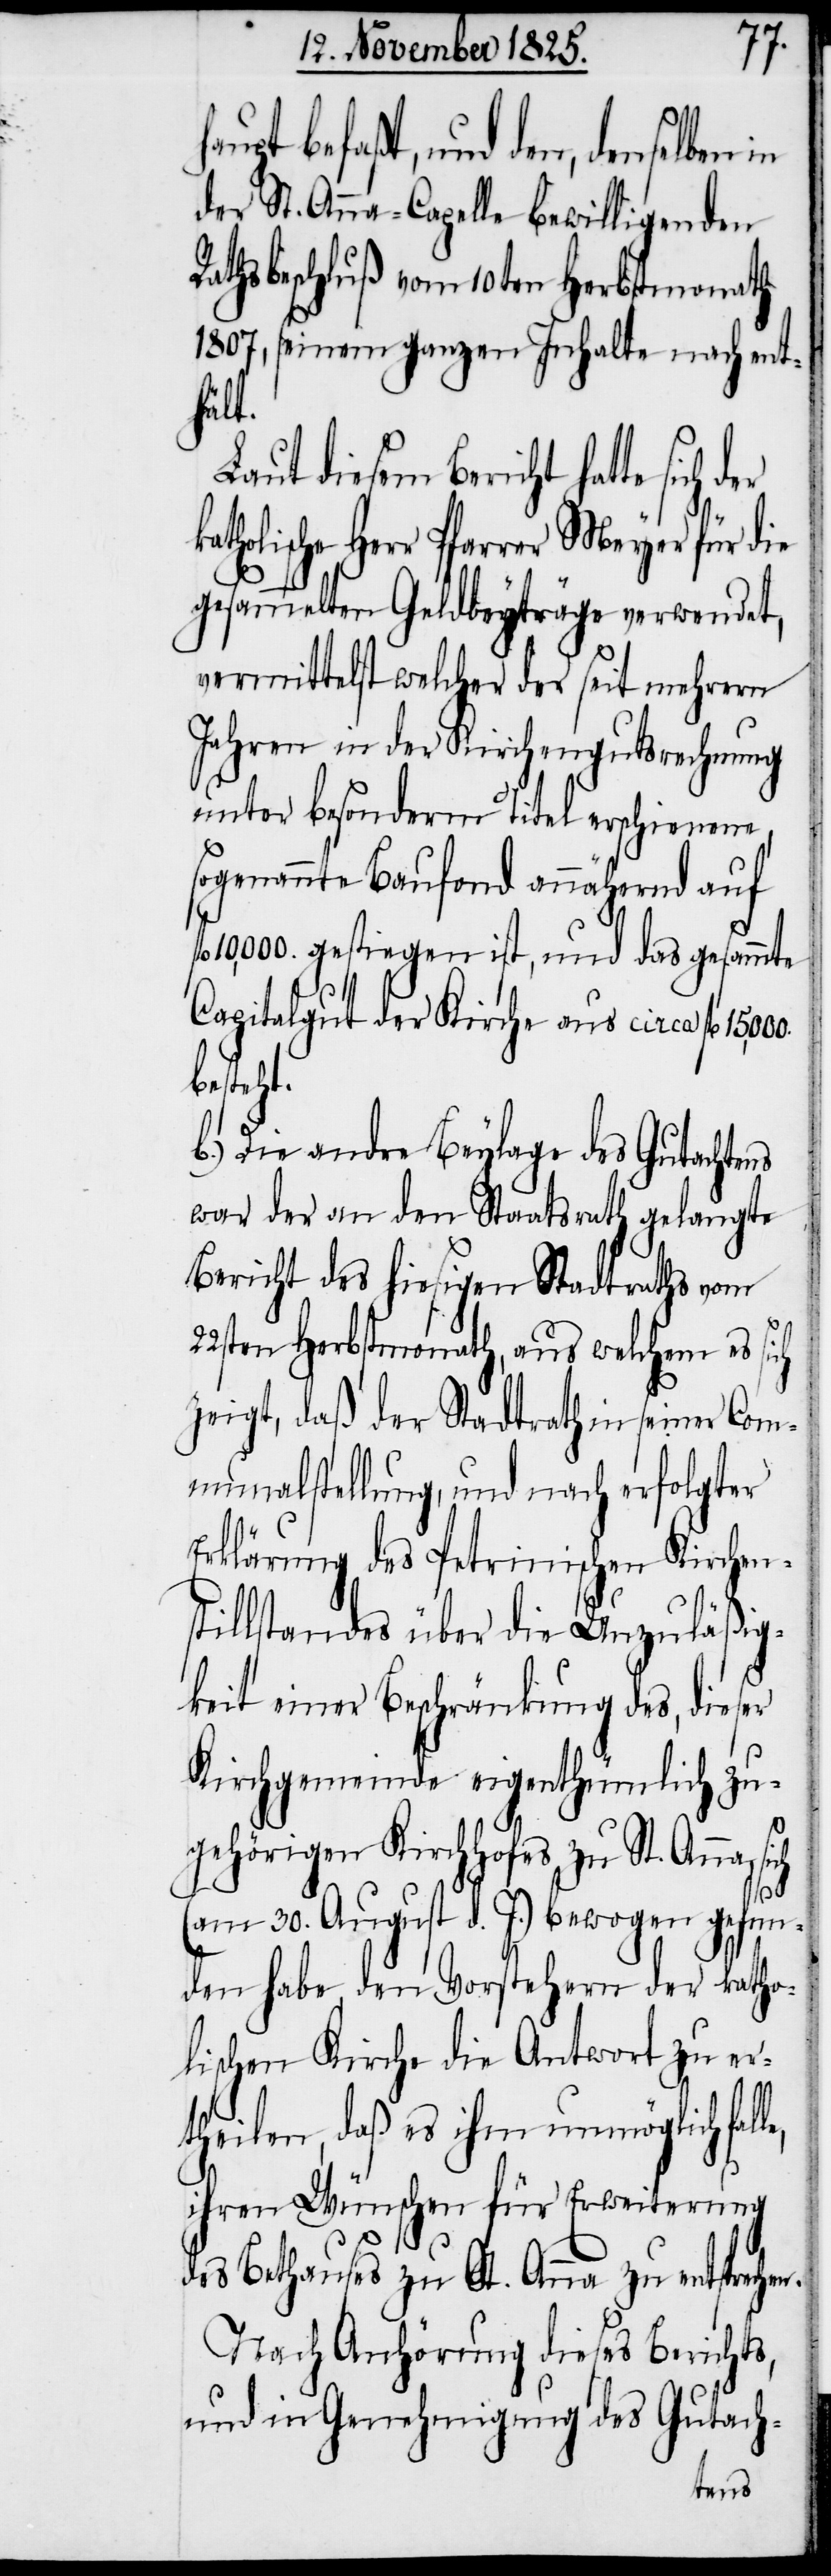
aupt befaßt, und den, denselben
der St. Anna-Capelle bewilligenden
Rathsbeschluß vom 10ten Herbstmonath
1807, seinem ganzen Inhalte nach ent¬
hält.
Laut diesem Bericht hatte
atholische Herr Pfarrer Meyer für die
gesammelten Geldbeyträge verwendet,
vermittelst welcher der seit mehrern
Jahren in der Kirchengutsrechnung
unter besonderm Titel erschienene,
sogenannte Baufond annähernd auf
10,000. gestiegen ist, und das gesammte
Capitalgut der Kirche aus circa fl.
besteht.
b.) Die andre Beylage des Gutachtens
war der an den Staatsrath gelangte
Bericht des hiesigen Stadtraths vom
22sten Herbstmonath, aus welchem es
zeigt, daß der Stadtrath in
Com¬
munalstellung, und nach erfolgter
Erklärung des Petrinischen Kirchen¬
stillstandes über die Unzuläßig¬
keit einer Beschränkung des, dieser
Kirchgemeinde eigenthümlich zu¬
gehörigen Kirchhofes zu St. Anna, si¬
le,
(am 30. August d. J.) bewogen gefun¬
den habe den Vorstehern der katho¬
lischen Kirche die Antwort zu er¬
theilen, daß es ihm unmöglich fal¬
ihren Wünschen für Erweiterung
des Bethauses zu St. Anna zu entsprechen.
Nach Anhörung dieses Berichts,
und in Genehmigung des Gutach-